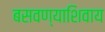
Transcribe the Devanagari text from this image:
बसवण्याशिवाय